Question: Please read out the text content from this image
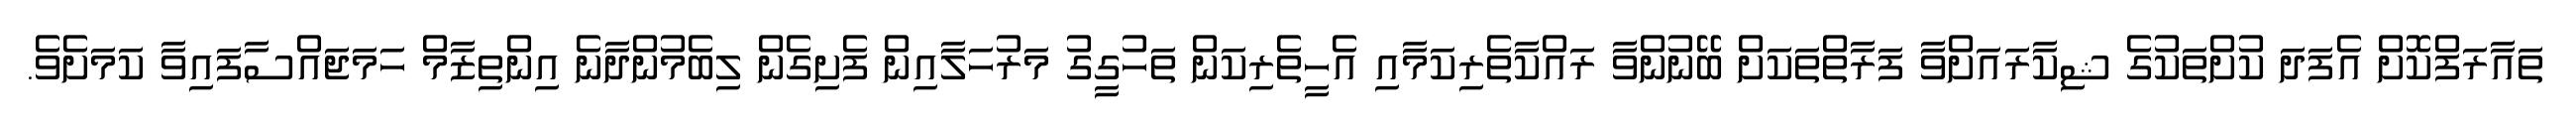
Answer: ތައާރަފްކޮށް އެފަދަ ކުށްތަކުގެ ޝިކާރައަށްވާ ފަރާތްތަކަށް ބޭނުންވާ ރައްކާތެރިކަމާއި އެހީތެރިކަން ތަހުގީގު މަރުހަލާއިން ފެށިގެން ލިބެމުންދާނެ އިންތިޒާމް ހަމަޖައްސާފައިވާ ކަމަށެވެ.